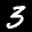
Label: 3